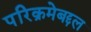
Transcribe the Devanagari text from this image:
परिक्रमेबद्दल